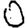
Digit: 0